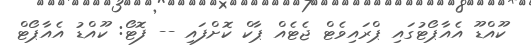
ކޫއްޑޫ އެއާޕޯޓުގައި ޕްރައިވެޓް ޖެޓެއް ޕާކް ކޮށްފައި -- ފޮޓޯ: ކޫއްޑު އެއާޕޯޓް